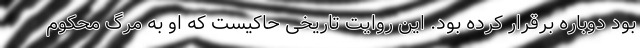
بود دوباره برقرار کرده بود. این روایت تاریخی حاکیست که او به مرگ محکوم